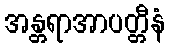
အန္တရာအာပတ္တီနံ